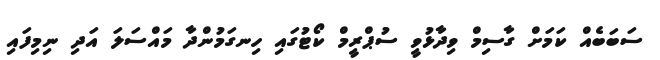
ސަބަބެއް ކަމަށް ގާސިމް ވިދާޅުވީ ސުޕްރީމް ކޯޓުގައި ހިނގަމުންދާ މައްސަލަ އަދި ނިމިފައި